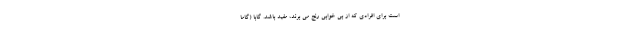
است برای افرادی که از بی خوابی رنج می برند، مفید باشد. گابا (گاما